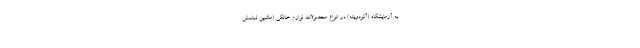
به آزمایشگاه (آکردویته) در انواع محصولات لوازم خانگی (ماشین لباسش